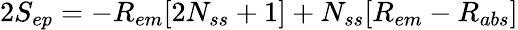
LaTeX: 2S_{ep}=-R_{em}[2N_{ss}+1]+N_{ss}[R_{em}-R_{abs}]